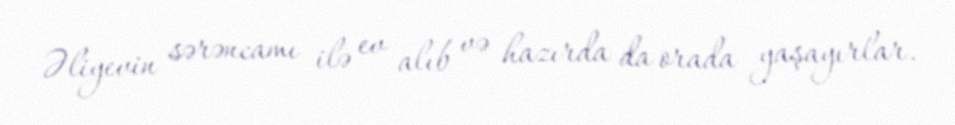
Əliyevin sərəncamı ilə ev alıb və hazırda da orada yaşayırlar.